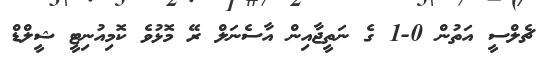
ޗެލްސީ އަތުން 0-1 ގެ ނަތީޖާއިން އާސެނަލް ރޭ މޮޅުވެ ކޮމިއުނިޓީ ޝީލްޑް